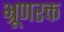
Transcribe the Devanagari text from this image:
भ्रूणरक्त